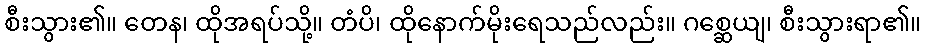
စီးသွား၏။ တေန၊ ထိုအရပ်သို့။ တံပိ၊ ထိုနောက်မိုးရေသည်လည်း။ ဂစ္ဆေယျ၊ စီးသွားရာ၏။